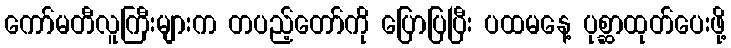
ကော်မတီလူကြီးများက တပည့်တော်ကို ပြောပြပြီး ပထမနေ့ ပုစ္ဆာထုတ်ပေးဖို့